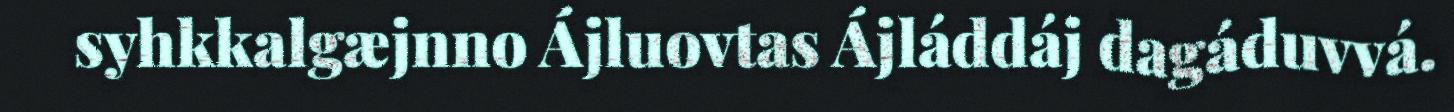
syhkkalgæjnno Ájluovtas Ájláddáj dagáduvvá.